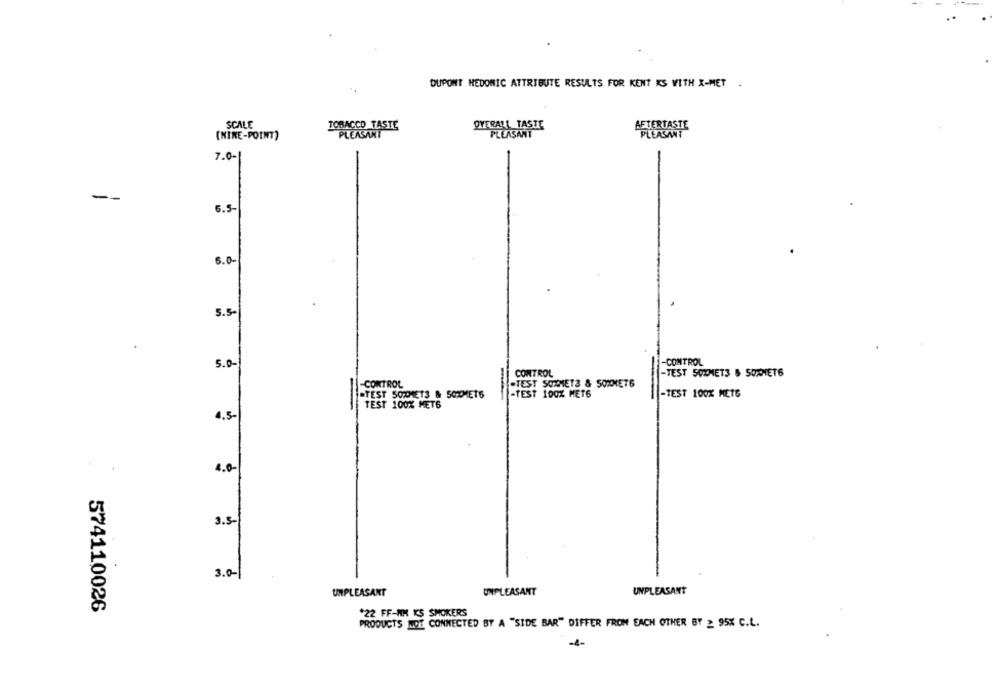
DUPONT HEDONIC ATTRIBUTE RESULTS FOR KENT KS WITH X-MET .
SCALE
OVERALL TASTE
TOBACCO TASTE
AFTERTASTE
(NIKE-POINT)
PLEASANT
PLEASANT
7.0-
--
6.5-
6.0-
5.5-
5.0-
-CONTROL
CONTROL
-TEST 5OZMET3 & SORNET6
-CONTROL
-TEST SOMMETS & 5OXMET6
.TEST 50THE13 & 50XMET6
-TEST 100% MET6
-TEST 100% METS
TEST 100% MET6
4.5-
4.0-
3.5-
3.0-
UNPLEASANT
UNPLEASANT
UNPLEASANT
574110026
*22 FF-NH K'S SMOKERS
PRODUCTS NOT CONNECTED BY A "SIDE BAR" DIFFER FROM EACH OTHER BY 2 95% C.L.